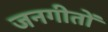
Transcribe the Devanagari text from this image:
जनगीतों